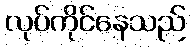
လုပ်ကိုင်နေသည်